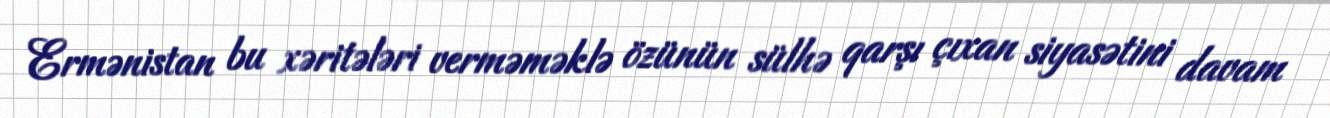
Ermənistan bu xəritələri verməməklə özünün sülhə qarşı çıxan siyasətini davam